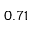
0 . 7 1